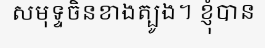
សមុទ្ទចិនខាងត្បូង។ ខ្ញុំបាន